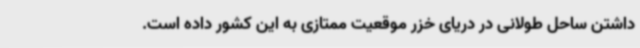
داشتن ساحل طولانی در دریای خزر موقعیت ممتازی به این کشور داده است.